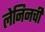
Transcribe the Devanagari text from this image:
लेनिनची